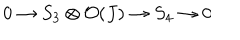
0 \rightarrow S _ { 3 } \otimes { \cal O } ( J ) \rightarrow S _ { 4 } \rightarrow 0